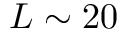
L \sim 2 0